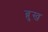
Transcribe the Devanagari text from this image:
ब्रुख